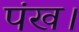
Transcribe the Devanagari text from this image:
पंख।